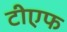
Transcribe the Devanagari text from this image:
टीएफ